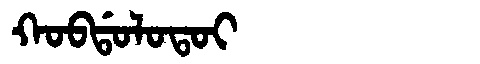
Manchu: ᡴᠣᠪᡩᠣᠯᠣᡨᠣᡳ
Romanization: KOBDOLOTOI